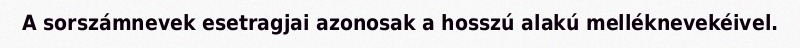
A sorszámnevek esetragjai azonosak a hosszú alakú melléknevekéivel.